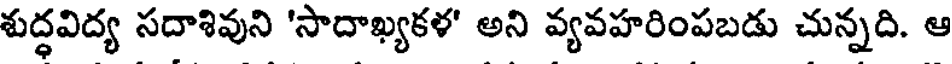
శుద్ధవిద్య సదాశివుని 'సాదాఖ్యకళ' అని వ్యవహరింపబడు చున్నది. ఆ